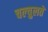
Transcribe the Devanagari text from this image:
चल्चुलते